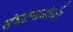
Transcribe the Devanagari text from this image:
संघटनाअंतर्गत